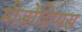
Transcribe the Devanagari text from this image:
मीज़ोहिप्पस